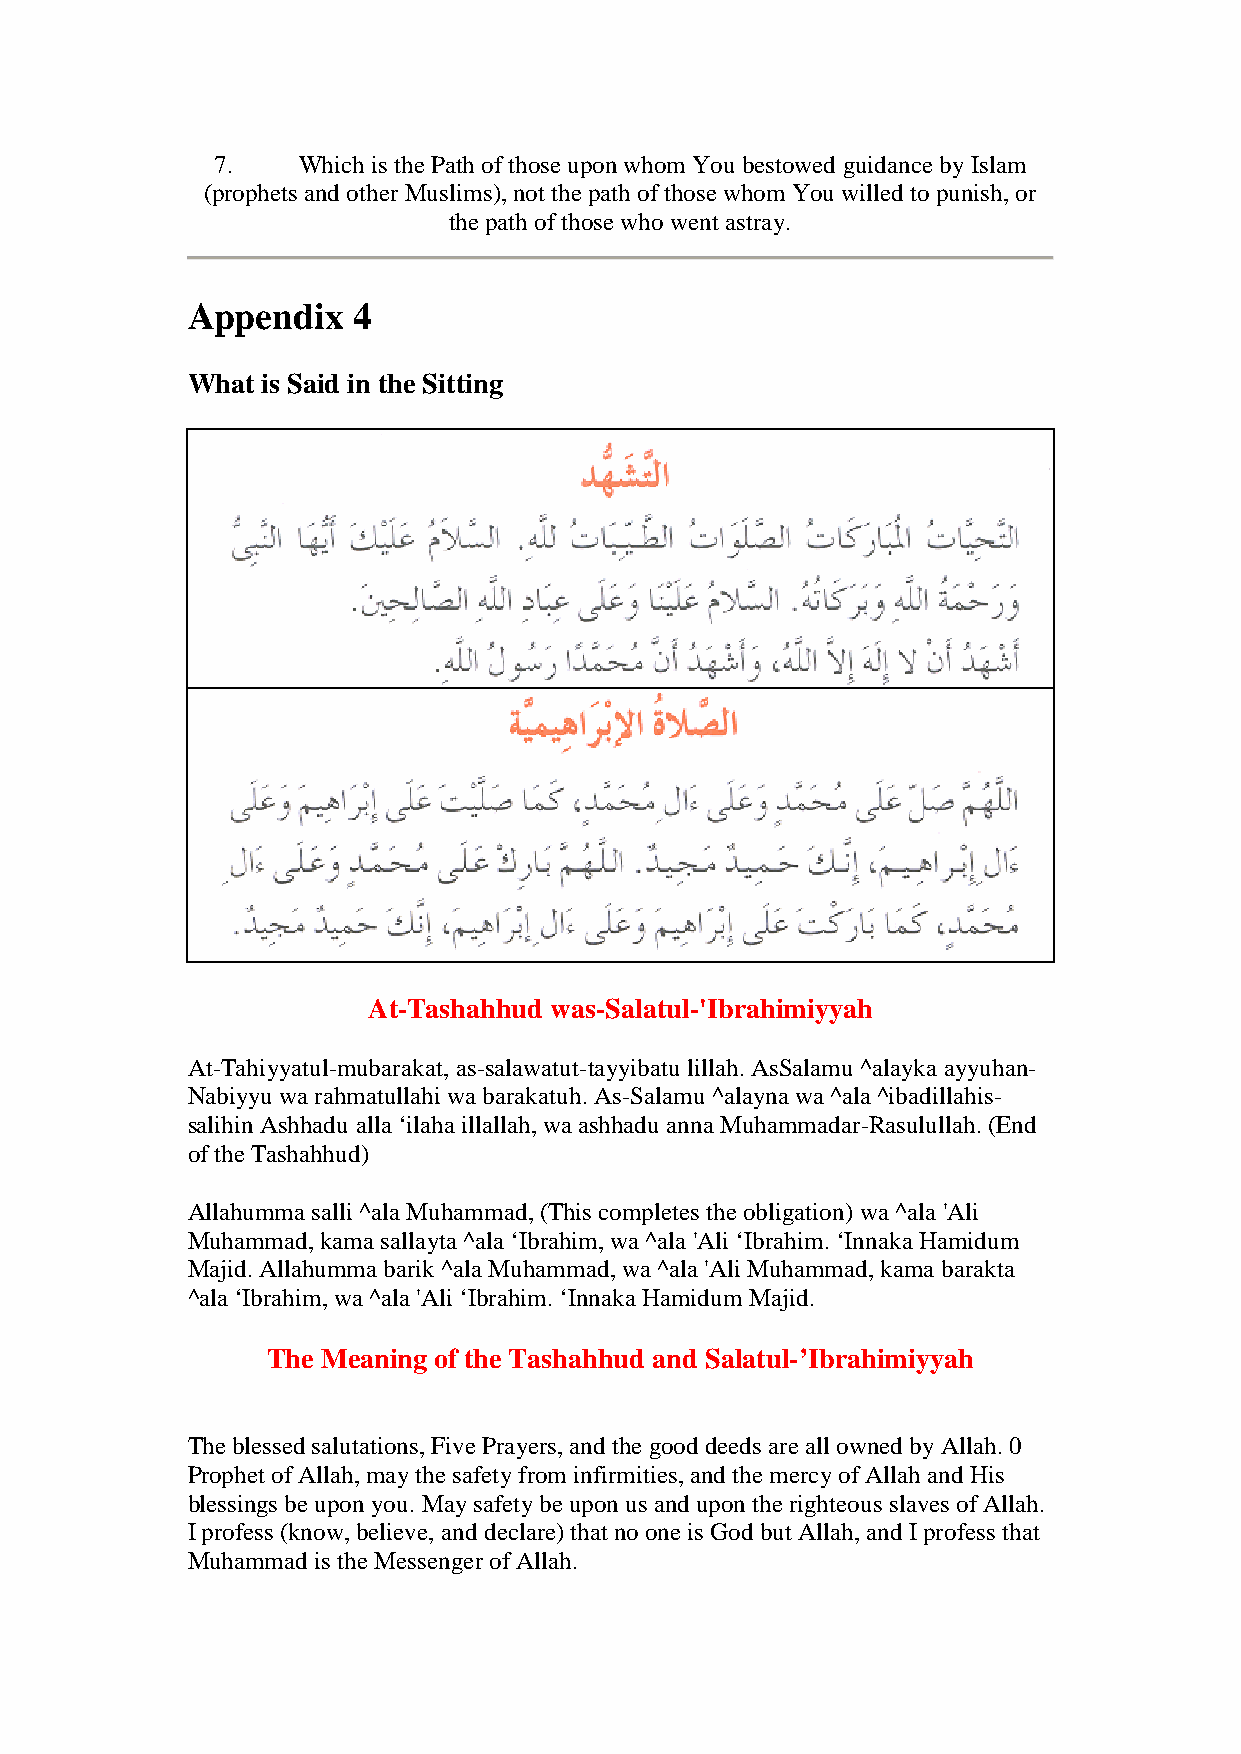
7.    Which is the Path of those upon whom You bestowed guidance by Islam
 (prophets and other Muslims), not the path of those whom You willed to punish, or
 the path of those who went astray.
 Appendix   4
 What is Said in the Sitting
 At-Tashahhud was-Salatul-'Ibrahimiyyah
 At-Tahiyyatul-mubarakat, as-salawatut-tayyibatu lillah. AsSalamu ^alayka ayyuhan-
 Nabiyyu wa rahmatullahi wa barakatuh. As-Salamu ^alayna wa ^ala ^ibadillahis-
 salihin Ashhadu alla ‘ilaha illallah, wa ashhadu anna Muhammadar-Rasulullah. (End
 of the Tashahhud)
 Allahumma salli ^ala Muhammad, (This completes the obligation) wa ^ala 'Ali
 Muhammad, kama sallayta ^ala ‘Ibrahim, wa ^ala 'Ali ‘Ibrahim. ‘Innaka Hamidum
 Majid. Allahumma barik ^ala Muhammad, wa ^ala 'Ali Muhammad, kama barakta
 ^ala ‘Ibrahim, wa ^ala 'Ali ‘Ibrahim. ‘Innaka Hamidum Majid.
 The Meaning of the Tashahhud and Salatul-’Ibrahimiyyah
 The blessed salutations, Five Prayers, and the good deeds are all owned by Allah. 0
 Prophet of Allah, may the safety from infirmities, and the mercy of Allah and His
 blessings be upon you. May safety be upon us and upon the righteous slaves of Allah.
 I profess (know, believe, and declare) that no one is God but Allah, and I profess that
 Muhammad is the Messenger of Allah.